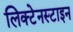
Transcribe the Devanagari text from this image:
लिक्टेनस्टाइन